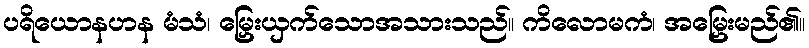
ပရိယောနဟန မံသံ၊ မြှေးယှက်သောအသားသည်။ ကိလောမကံ၊ အမြှေးမည်၏။